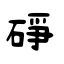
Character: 碀